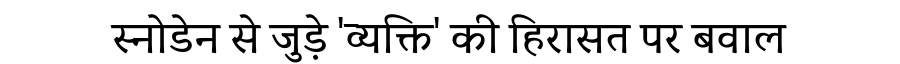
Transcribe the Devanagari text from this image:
स्नोडेन से जुड़े 'व्यक्ति' की हिरासत पर बवाल